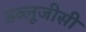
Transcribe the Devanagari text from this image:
डब्लूजीसी